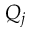
Q _ { j }